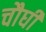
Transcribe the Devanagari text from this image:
चौघी